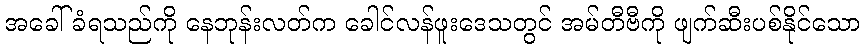
အခေါ်ခံရသည်ကို နေဘုန်းလတ်က ခေါင်လန်ဖူးဒေသတွင် အမ်တီဗီကို ဖျက်ဆီးပစ်နိုင်သော